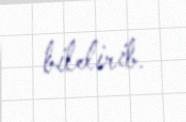
bildirib.